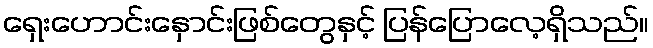
ရှေးဟောင်းနှောင်းဖြစ်တွေနှင့် ပြန်ပြောလေ့ရှိသည်။